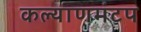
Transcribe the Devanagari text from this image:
कल्याणमंटप